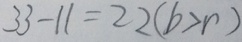
3 3 - 1 1 = 2 2 ( b > r )